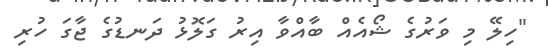
"ހިލޭ މި ވަރުގެ ޝޯއެއް ބާއްވާ އިރު ގަލޮޅު ދަނޑުގެ ޖާގަ ހުރި